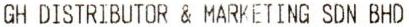
GH DISTRIBUTOR & MARKETING SDN BHD